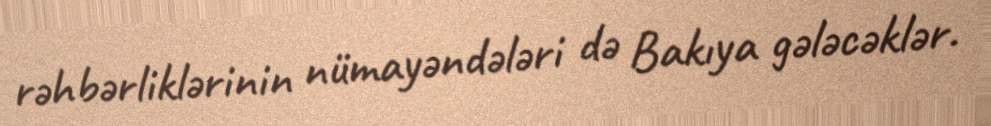
rəhbərliklərinin nümayəndələri də Bakıya gələcəklər.